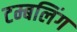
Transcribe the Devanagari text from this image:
टम्बलिंग